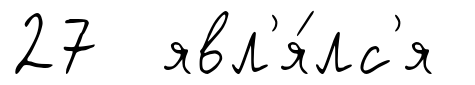
27 явл'я́лс'я